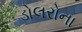
ડોલરોના